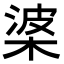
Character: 𭪰